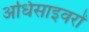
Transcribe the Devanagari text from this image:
अधिसाइवरों